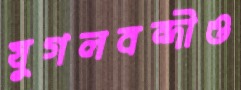
যুগলবন্দীও